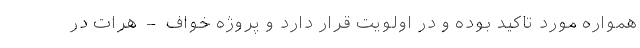
همواره مورد تاکید بوده و در اولویت قرار دارد و پروژه خواف – هرات در